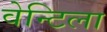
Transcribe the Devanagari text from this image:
वेन्टिला